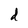
Character: d